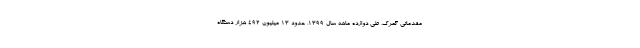
مقدماتی گمرک، طی دوازده ماهه سال 1399، حدود 13 میلیون 492 هزار دستگاه